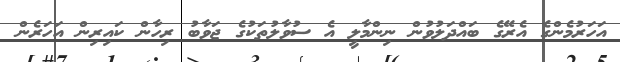
އަހަރުމެންގެ އެރޭގެ ބައްދަލުވުން ނިންމާލީ އެ ސުވާލުތަކުގެ ޖަވާބު ރިހާން ކައިރިން އަހަރެން